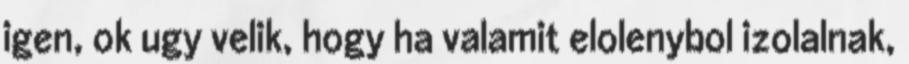
igen, ok ugy velik, hogy ha valamit elolenybol izolalnak,